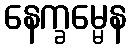
နေက္ခမ္မေန